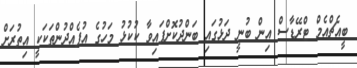
ބީއެޗްއެމް ޓްރޭޑާސް އިން ބުނީ ދަޅުގައި ބަންދުކޮށްފައިވާ ކުކުޅު މަހުގެ އުފެއްދުންތަކަކީ އިތުރަށް